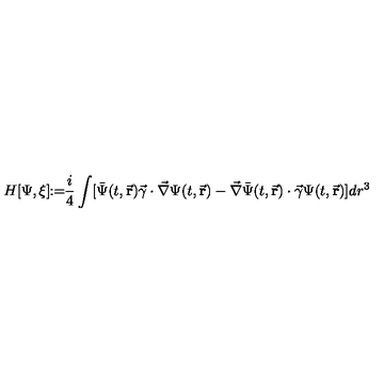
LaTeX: H [ \Psi , \xi ] \! \! : = \! \! \frac { i } { 4 } \int [ \bar { \Psi } ( t , \vec { \bf r } ) \vec { \gamma } \cdot \vec { \nabla } \Psi ( t , \vec { \bf r } ) - \vec { \nabla } \bar { \Psi } ( t , \vec { \bf r } ) \cdot \vec { \gamma } \Psi ( t , \vec { \bf r } ) ] d r ^ { 3 }